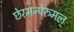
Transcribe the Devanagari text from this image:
छेरमन्पेरुमल्